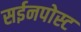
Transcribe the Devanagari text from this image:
सईनपोस्ट